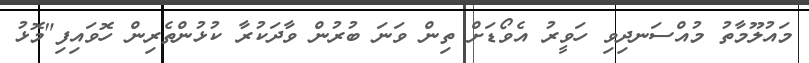
މައުލޫމާތު މުއްސަނދިވި ހަވީރު އެވޯޑަށް ތިން ވަނަ ބުރުން ވާދަކުރާ ކުޅުންތެރިން ހޮވައިފި"މޮޅު